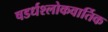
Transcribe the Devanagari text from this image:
षडर्धश्लोकवार्तिक